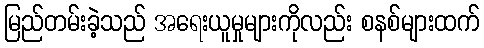
မြည်တမ်းခဲ့သည် အရေးယူမှုများကိုလည်း စနစ်များထက်